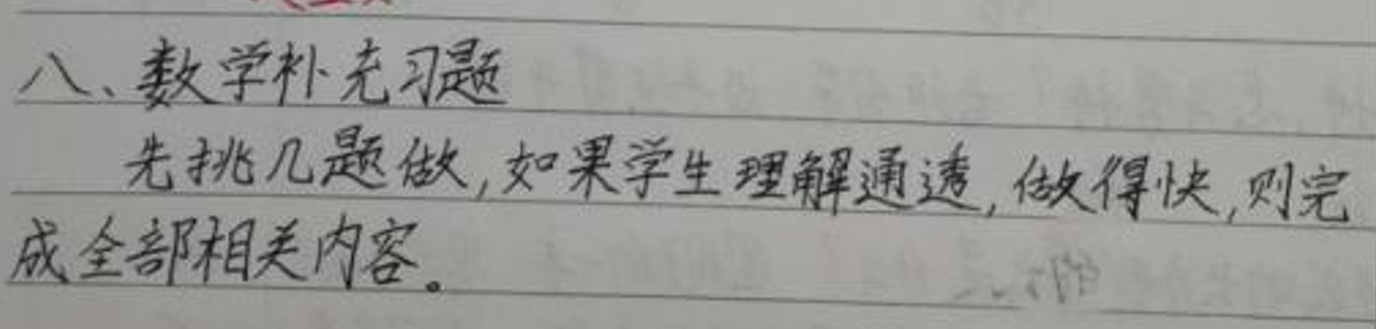
八、数学补充习题
先挑几题做，如果学生理解通透，做得快，则完成全部相关内容。